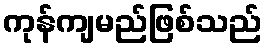
ကုန်ကျမည်ဖြစ်သည်